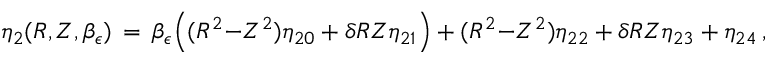
\eta _ { 2 } ( R , Z , \beta _ { \epsilon } ) \, = \, \beta _ { \epsilon } \Bigl ( ( R ^ { 2 } { - } Z ^ { 2 } ) \eta _ { 2 0 } + \delta R Z \eta _ { 2 1 } \Bigr ) + ( R ^ { 2 } { - } Z ^ { 2 } ) \eta _ { 2 2 } + \delta R Z \eta _ { 2 3 } + \eta _ { 2 4 } \, ,